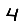
Digit: 4